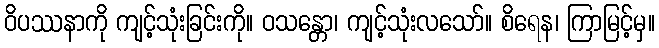
ဝိပဿနာကို ကျင့်သုံးခြင်းကို။ ဝသန္တော၊ ကျင့်သုံးလသော်။ စိရေန၊ ကြာမြင့်မှ။